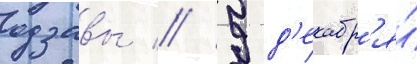
одзавы // 9 д'екабр'я́